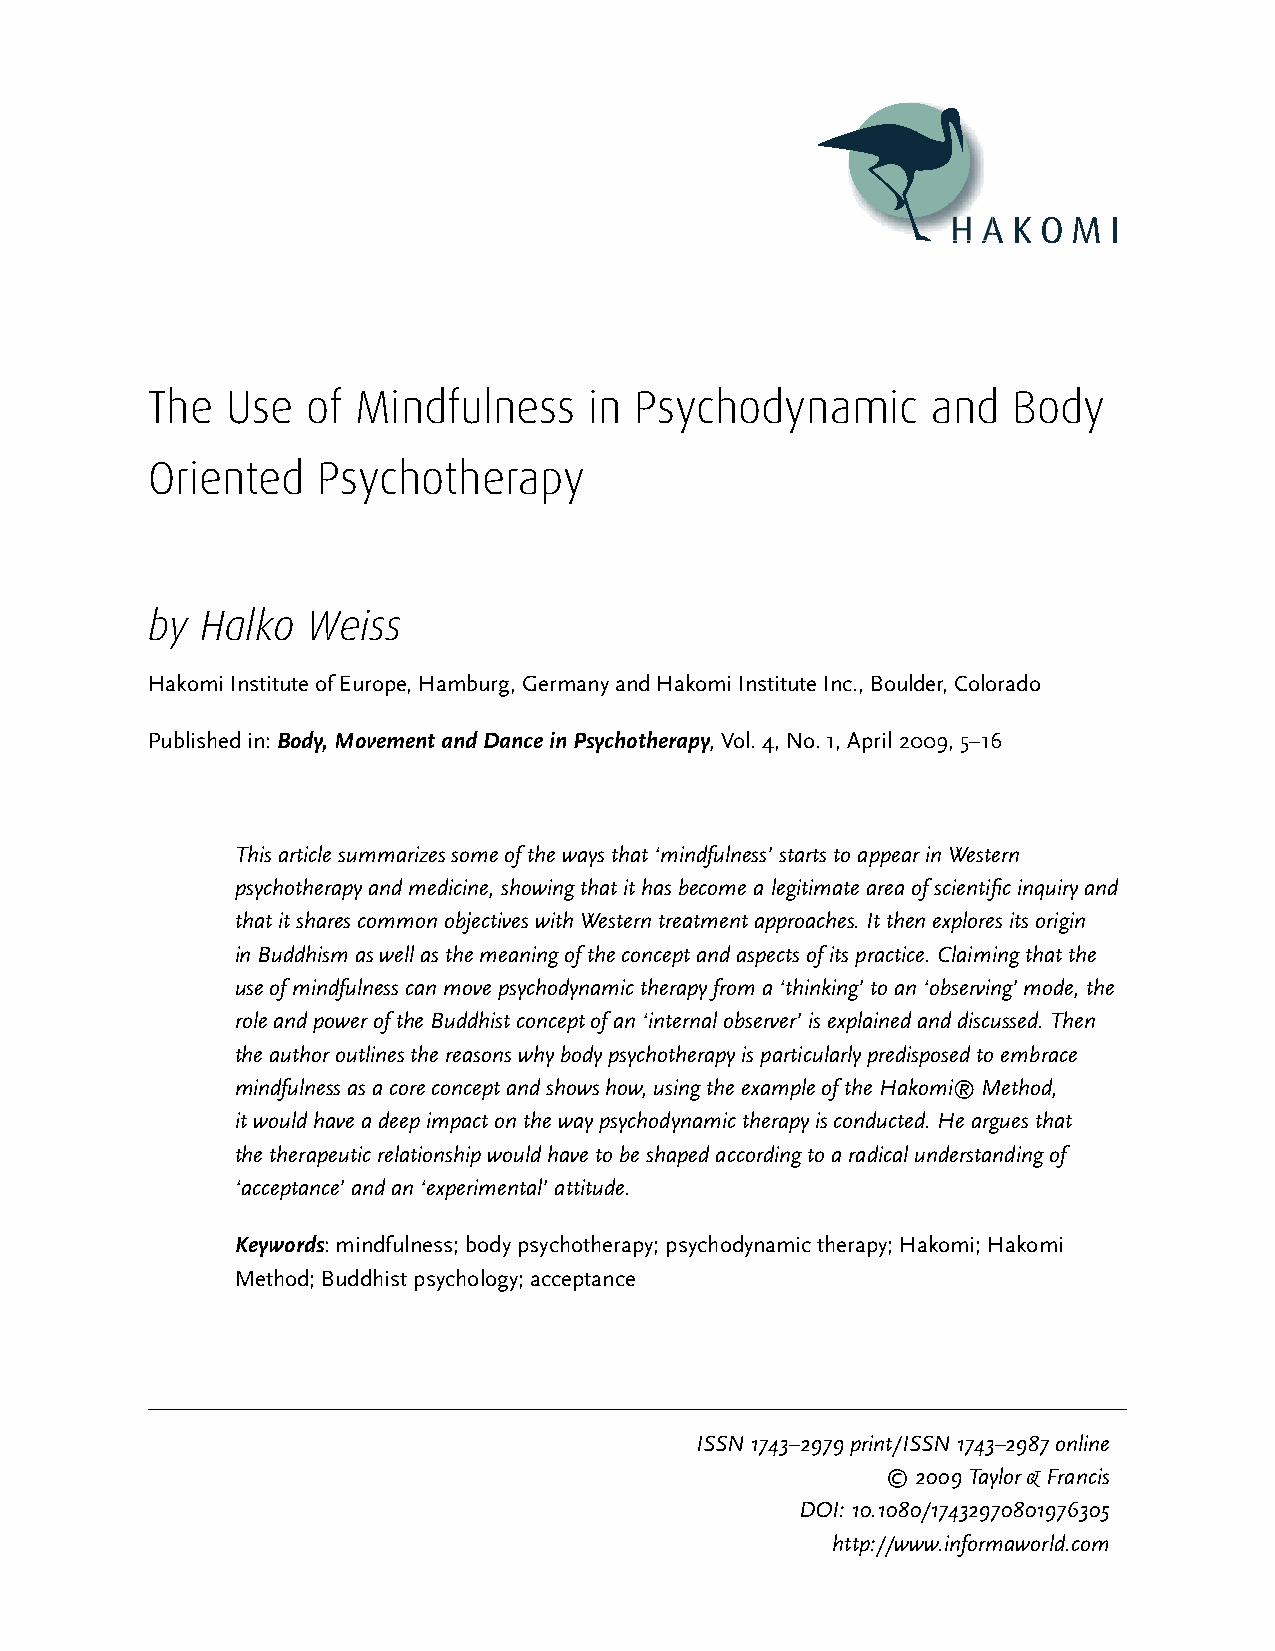
H A K O M I
 The  Use  of Mindfulness     in Psychodynamic       and  Body
 Oriented   Psychotherapy
 by Halko  Weiss
 Hakomi Institute of Europe, Hamburg, Germany and Hakomi Institute Inc., Boulder, Colorado
 Published in: Body, Movement and Dance in Psychotherapy, Vol. 4, No. 1, April 2009, 5–16
 This article summarizes some of the ways that ‘mindfulness’ starts to appear in Western
 psychotherapy and medicine, showing that it has become a legitimate area of scientific inquiry and
 that it shares common objectives with Western treatment approaches. It then explores its origin
 in Buddhism as well as the meaning of the concept and aspects of its practice. Claiming that the
 use of mindfulness can move psychodynamic therapy from a ‘thinking’ to an ‘observing’ mode, the
 role and power of the Buddhist concept of an ‘internal observer’ is explained and discussed. Then
 the author outlines the reasons why body psychotherapy is particularly predisposed to embrace
 mindfulness as a core concept and shows how, using the example of the Hakomi® Method,
 it would have a deep impact on the way psychodynamic therapy is conducted. He argues that
 the therapeutic relationship would have to be shaped according to a radical understanding of
 ‘acceptance’ and an ‘experimental’ attitude.
 Keywords: mindfulness; body psychotherapy; psychodynamic therapy; Hakomi; Hakomi
 Method; Buddhist psychology; acceptance
 ISSN 1743–2979 print/ISSN 1743–2987 online
 © 2009 Taylor & Francis
 DOI: 10.1080/17432970801976305
 http://www.informaworld.com